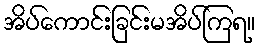
အိပ်ကောင်းခြင်းမအိပ်ကြရ။